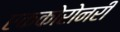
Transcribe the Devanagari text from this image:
एककोरोनरी